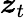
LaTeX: \boldsymbol{z}_{t}